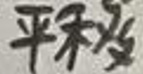
平移